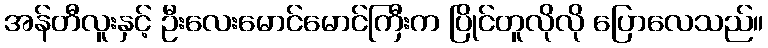
အန်တီလူးနှင့် ဦးလေးမောင်မောင်ကြီးက ပြိုင်တူလိုလို ပြောလေသည်။